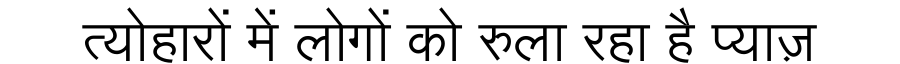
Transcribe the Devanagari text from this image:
त्योहारों में लोगों को रुला रहा है प्याज़